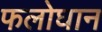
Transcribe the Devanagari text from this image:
फलोघान